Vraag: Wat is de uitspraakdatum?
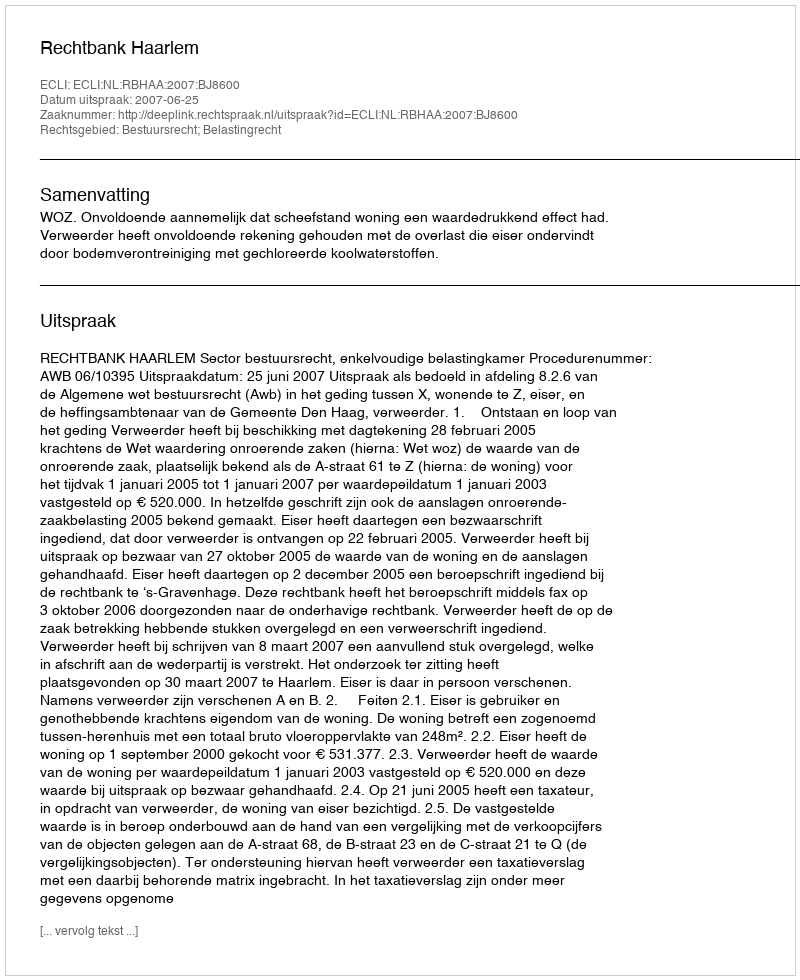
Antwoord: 2007-06-25